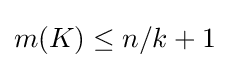
m(K)\leq n/k+1